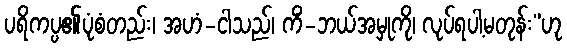
ပရိကပ္ပ၏ပုံစံတည်း၊ အဟံ-ငါသည်၊ ကိံ-ဘယ်အမှုကို၊ လုပ်ရပါ့မတုန်း”ဟု